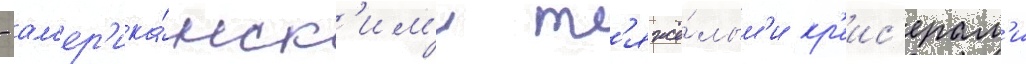
- ам'ер'ика́нск'им'и т'яжё́лым'и кр'еис'ерам'и